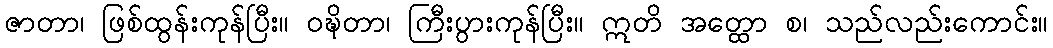
ဇာတာ၊ ဖြစ်ထွန်းကုန်ပြီး။ ဝဍ္ဎိတာ၊ ကြီးပွားကုန်ပြီး။ ဣတိ အတ္ထော စ၊ သည်လည်းကောင်း။